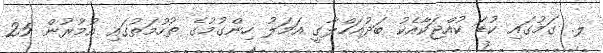
ލ. ގަމުގައި ކުޑަ ކުއްޖަކާއެކު ބަދުއަހްލާގީ އަމަލު ހިންގުމުގެ ތުހުމަތުގައި އުމުރުން 25